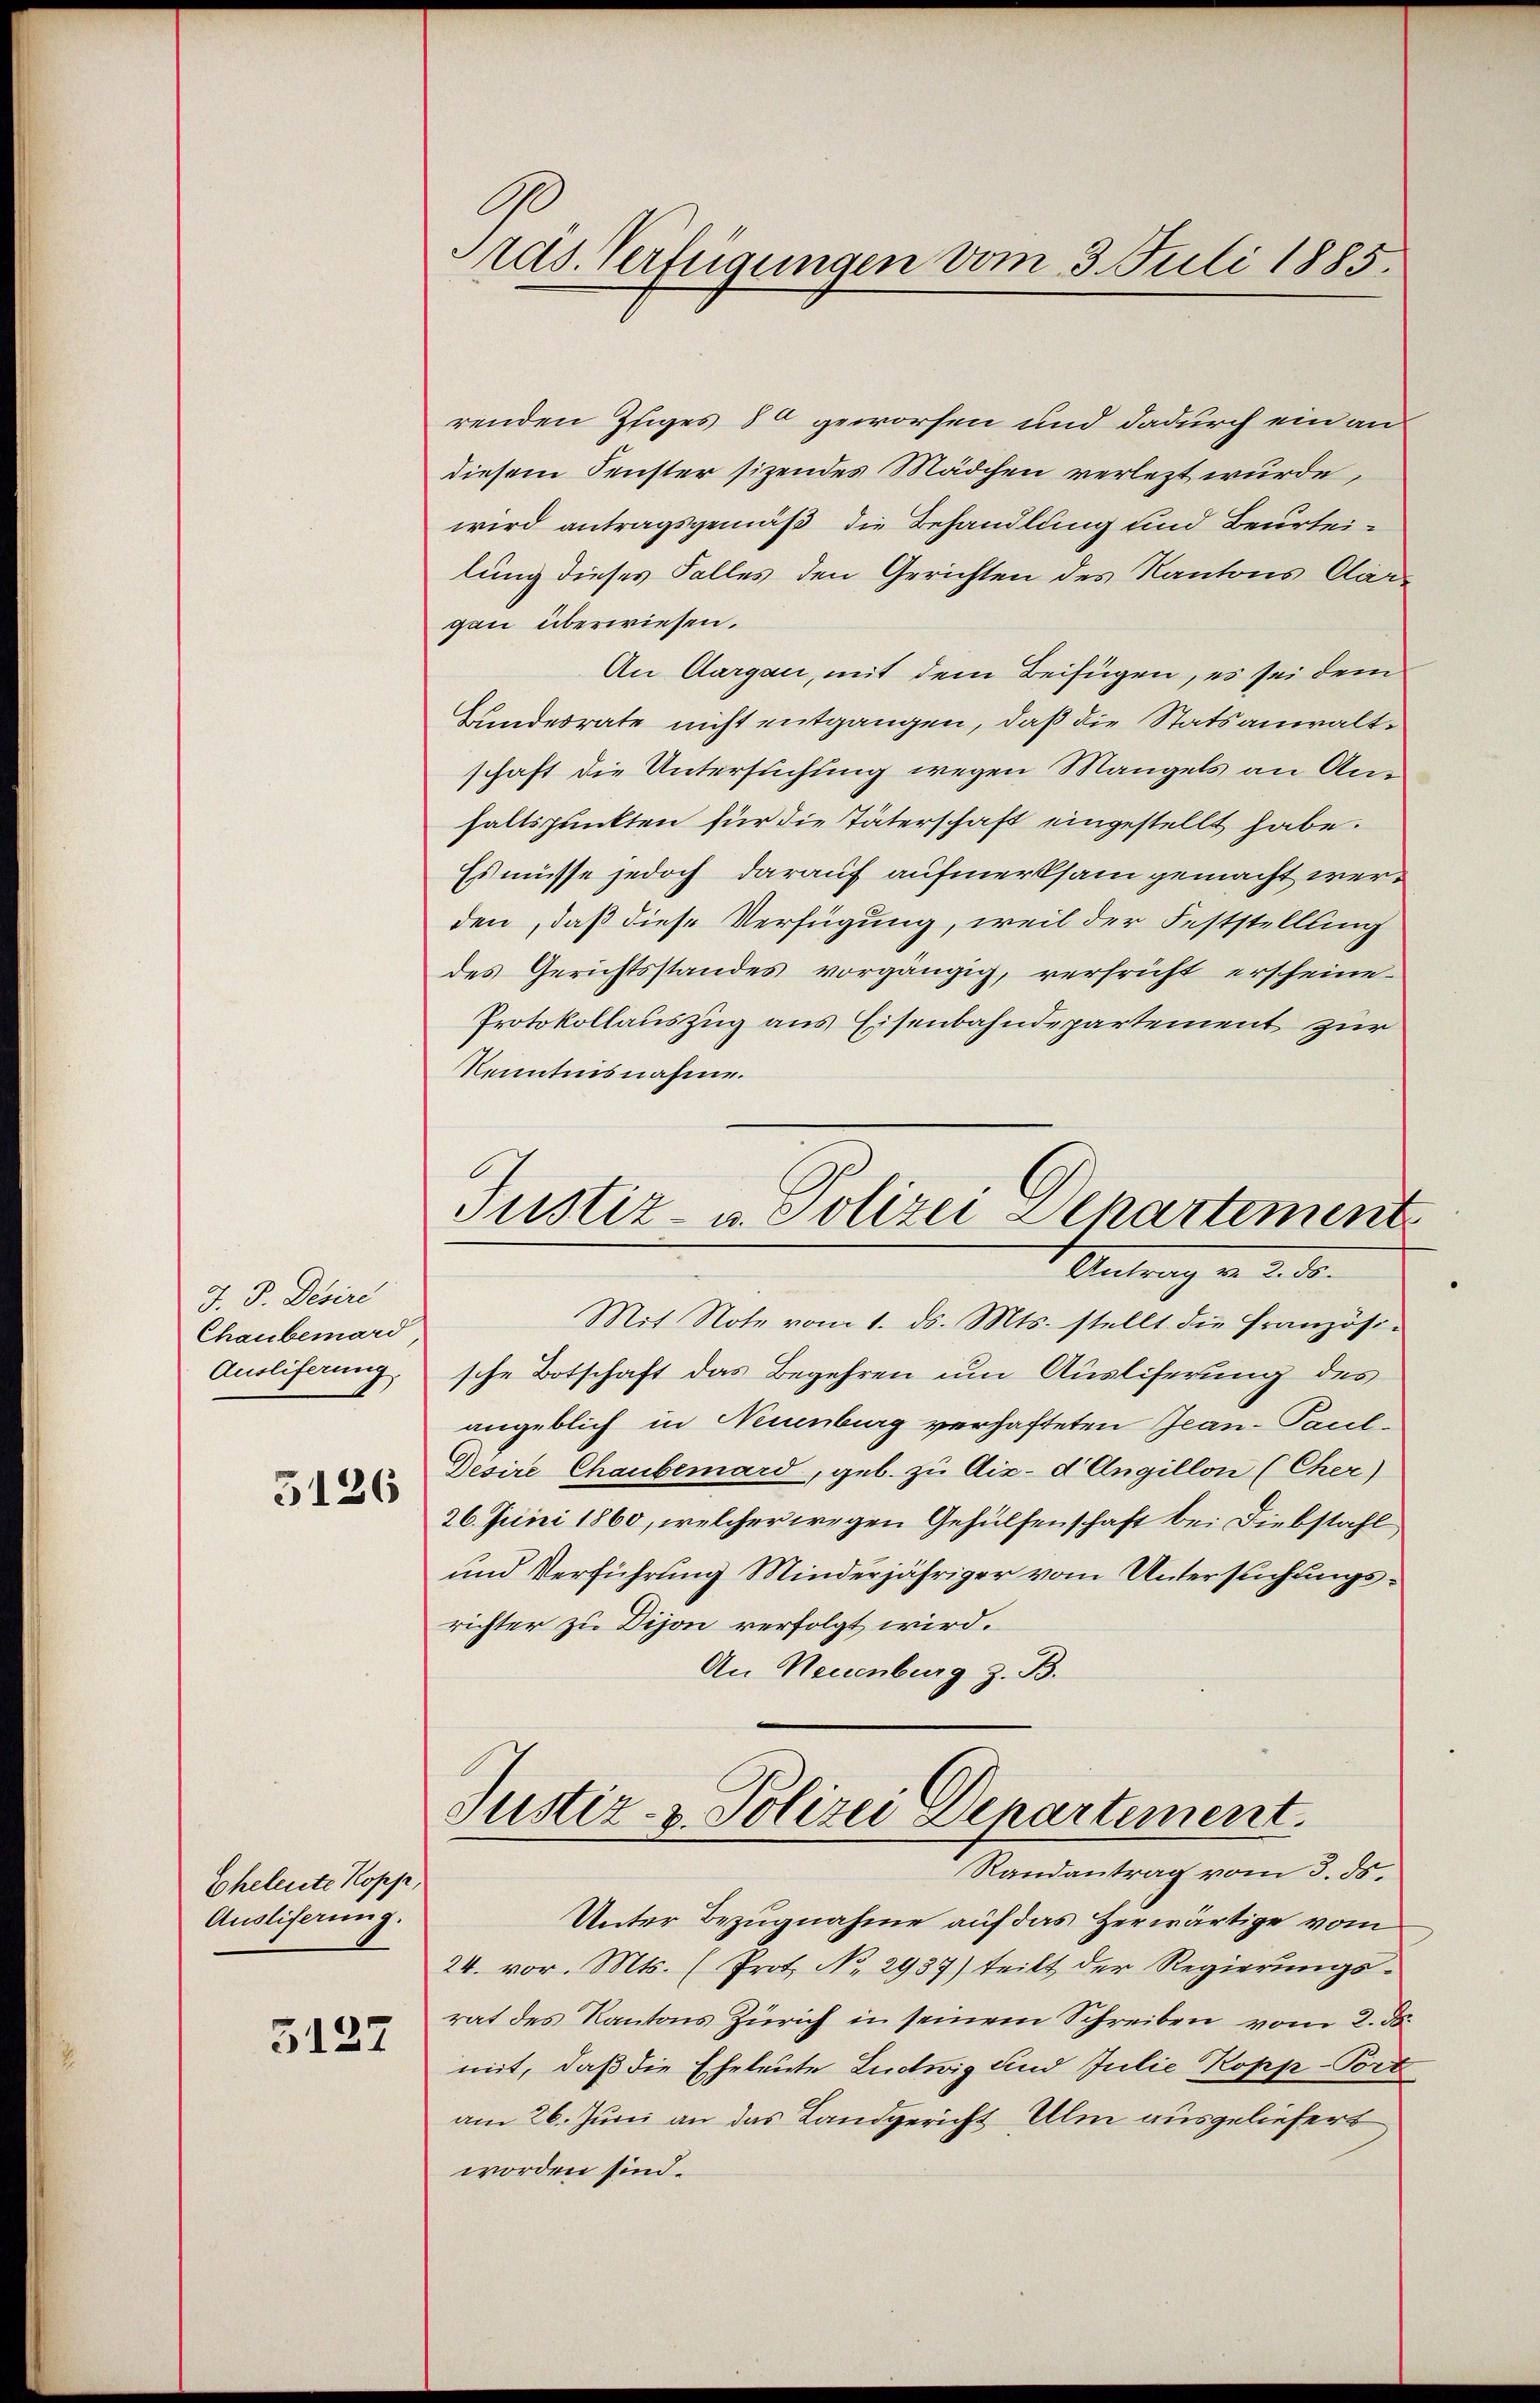
J. P. Desire
Chaubenard
Ausliferung.
5126

Eheleute Kopp,
Ausliferung.

3127

Add. Verfügungen vom 3. Juli 1885.

renden Ziges 80 geworfen und dadurch ein an
diesem Fenster sizendes Mädchen verletzt wurde,
wird antragsgemäß die Behandlung und Beurteilung dieses Falles den Gerichten des Kantons Car-
gau überwiesen.
An Aargau, mit dem Beifügen, es sei dem
Bundesrate nicht entgangen, daß die Statsanwaltschaft die Untersuchung wegen Mangels an Anhaltspunkten für die Täterschaft eingestellt habe.
Es müsse jedoch darauf aufmerksam gemacht werden, daß diese Verfügung, weil der Feststellung
des Gerichtsstandes vorgängig, versricht erscheine
Protokollauszug aus Eisenbahndepartement zur
Kenntnisnahme.

Justiz- u. Polizei Departement
 Antrag

Mit Note vom 1. ds. Mts. stellt die Französi-
sche Botschaft das Begehren um Ausliserung des
angeblich in Neuenburg verhafteten Jean-Paul-
Desire Chaubenard, geb. zu Aix-d Angillon (Cher)
26. Juni 1860, welcher wegen Gehülfenschaft bei Diebstahl,
und Verführung Minderjähriger vom Untersuchungsrichter zu Dijon verfolgt wird.
An Neuenburg z. B.

Justiz- & Polizei Departement.
Randantrag vom 3. ds.

Unter Bezugnahme auf das Herwärtige vom
24. vor. Mts. (Prot. No 2937) teilt der Regierungsrat des Kantons Zürich in seinem Schreiben vom 2. ds.
mit, daß die Eheleute Ludwig und Julie Kopp-Port
am 26. Juni an das Landgericht Ulm ausgeliefert
worden sind.